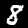
Digit: 8